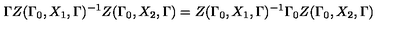
\Gamma Z ( \Gamma _ { 0 } , X _ { 1 } , \Gamma ) ^ { - 1 } Z ( \Gamma _ { 0 } , X _ { 2 } , \Gamma ) = Z ( \Gamma _ { 0 } , X _ { 1 } , \Gamma ) ^ { - 1 } \Gamma _ { 0 } Z ( \Gamma _ { 0 } , X _ { 2 } , \Gamma )